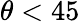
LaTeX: \theta<45